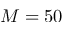
M = 5 0